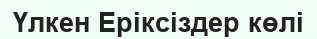
Үлкен Еріксіздер көлі